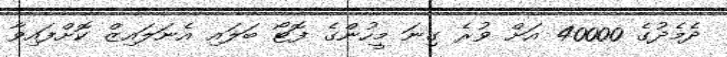
ދެމެދުގެ 40000 އަށް ވުރެ ގިނަ މީހުންގެ ފޮޓޯ ބަލައި އެނަލައިޒް ކޮށްފައިވާ